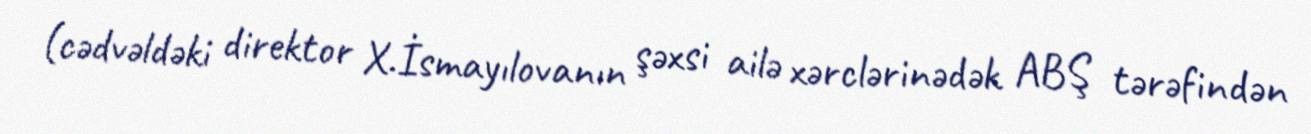
(cədvəldəki direktor X.İsmayılovanın şəxsi ailə xərclərinədək ABŞ tərəfindən